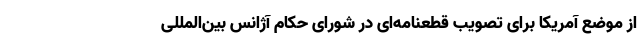
از موضع آمریکا برای تصویب قطعنامه‌ای در شورای حکام آژانس بین‌المللی